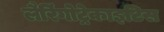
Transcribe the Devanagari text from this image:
लैरिंगोट्रेकाइटिस